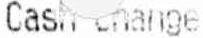
CASH CHANGE